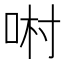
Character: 𠴘